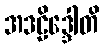
အဒဠိဒ္ဒေါတိ